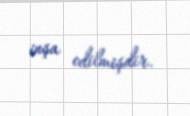
inşa edilmişdir.